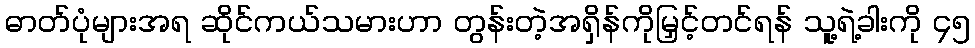
ဓာတ်ပုံများအရ ဆိုင်ကယ်သမားဟာ တွန်းတဲ့အရှိန်ကိုမြှင့်တင်ရန် သူ့ရဲ့ခါးကို ၄၅